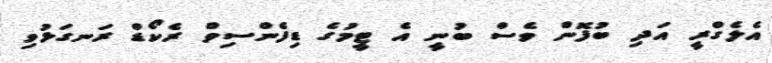
އެލެގްރީ އަދި ބުފޮން ވެސް ބުނީ އެ ޓީމުގެ ޑިފެންސިވް ރެކޯޑް ރަނގަޅުވި